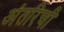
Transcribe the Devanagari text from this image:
अंतरिची